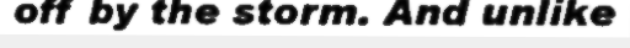
off by the storm. And unlike